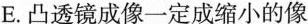
E.凸透镜成像一定成缩小的像